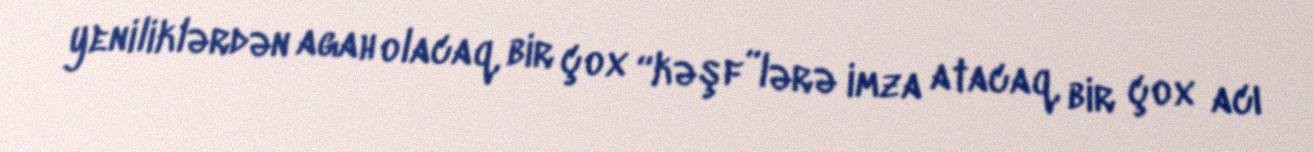
yeniliklərdən agah olacaq, bir çox “kəşf”lərə imza atacaq, bir çox acı